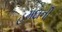
હમદાની